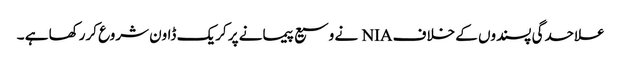
علاحدگی پسندوں کے خلاف NIA نے وسیع پیمانے پر کریک ڈاون شروع کررکھا ہے ۔